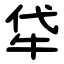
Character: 牮